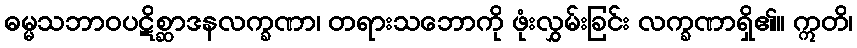
ဓမ္မသဘာဝပဋိစ္ဆာဒနလက္ခဏာ၊ တရားသဘောကို ဖုံးလွှမ်းခြင်း လက္ခဏာရှိ၏။ ဣတိ၊